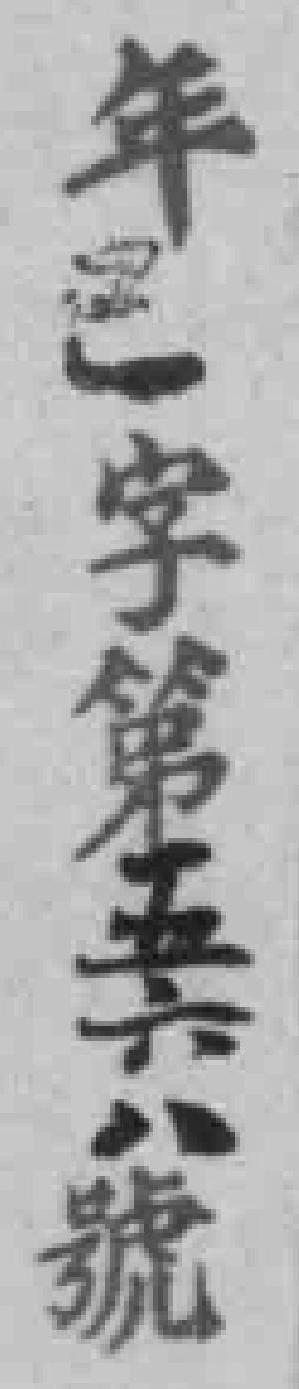
年*字第五六八號